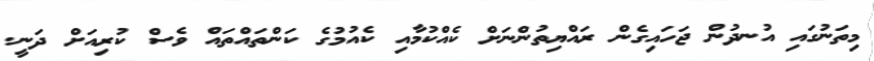
މިތަނުގައި އުނދުން ޖަހައިގެން ރައްޔިތުންނަށް ކެއްކުމާއި ކެއުމުގެ ކަންތައްތައް ވެސް ކުރިއަށް ދަނީ.